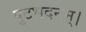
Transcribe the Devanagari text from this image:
पुटभेदनम्।